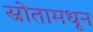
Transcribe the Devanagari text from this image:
स्रोतामधून